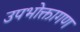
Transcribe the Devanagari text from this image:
उपभोक्तागण